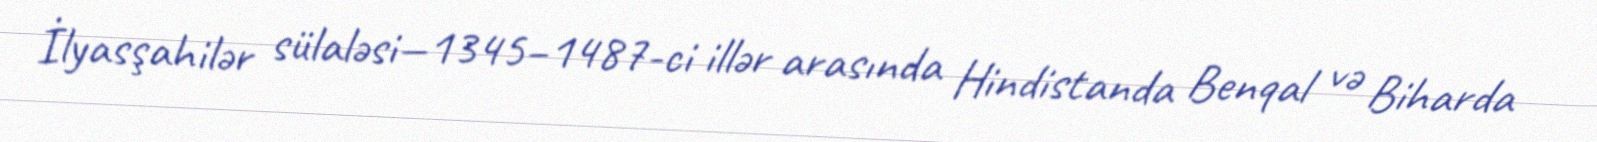
İlyasşahilər sülaləsi—1345–1487-ci illər arasında Hindistanda Benqal və Biharda